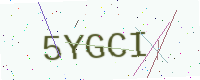
Text: 5YGCI